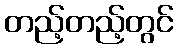
တည့်တည့်တွင်